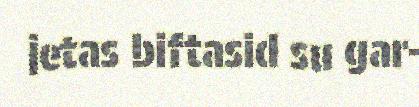
jetas biftasid su gar-